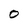
Character: 0